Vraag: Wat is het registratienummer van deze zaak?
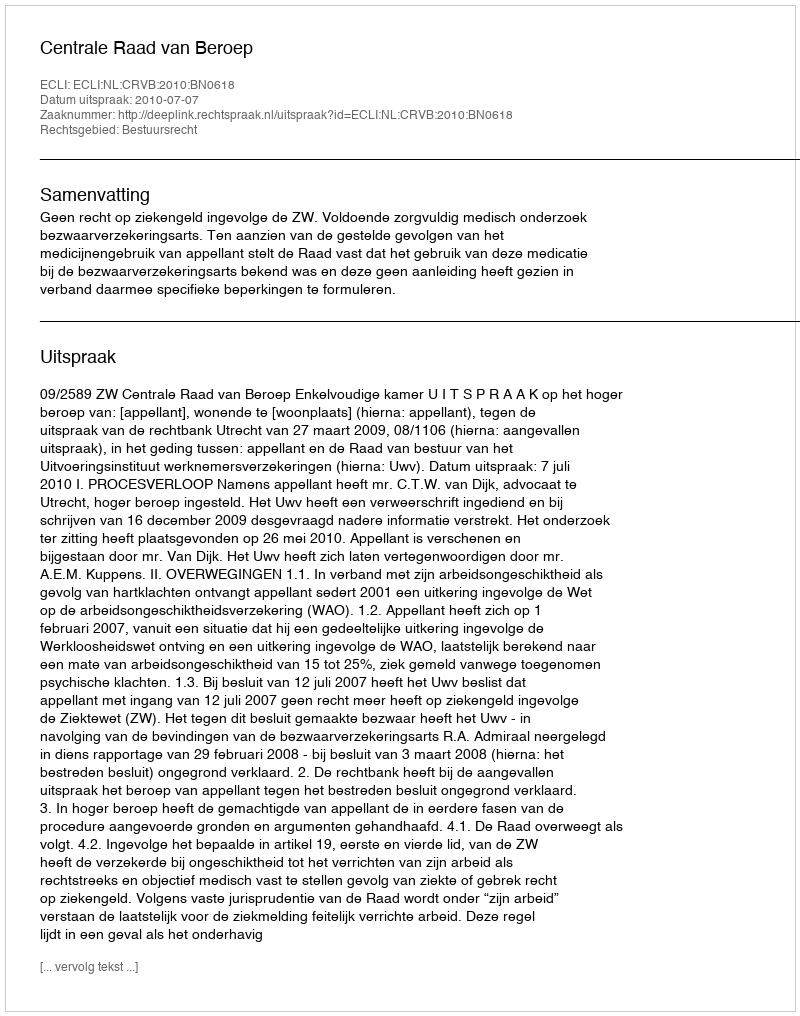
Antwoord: http://deeplink.rechtspraak.nl/uitspraak?id=ECLI:NL:CRVB:2010:BN0618